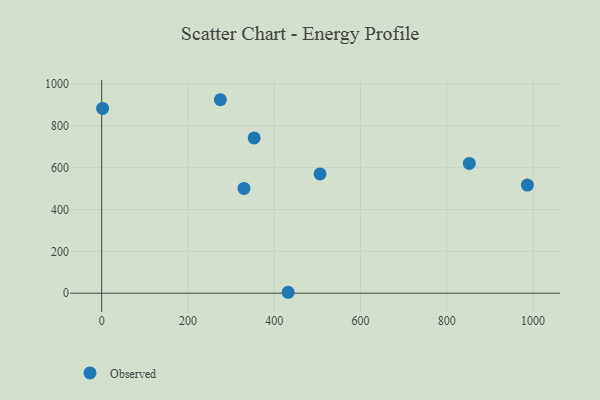
{"axis": {"x": "Price", "y": "Profit"}, "legend": ["Observed"], "data": [{"x": "275.2", "y": 925.0, "type": "Observed"}, {"x": "986.9", "y": 516.8, "type": "Observed"}, {"x": "2.2", "y": 883.6, "type": "Observed"}, {"x": "329.9", "y": 501.1, "type": "Observed"}, {"x": "506.3", "y": 570.2, "type": "Observed"}, {"x": "852.3", "y": 620.6, "type": "Observed"}, {"x": "432.3", "y": 4.5, "type": "Observed"}, {"x": "353.5", "y": 742.6, "type": "Observed"}]}